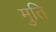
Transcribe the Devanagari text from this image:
मुति